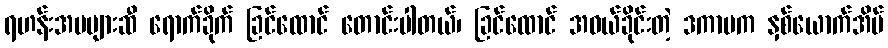
ရဟန်းအမများဆီ ရောက်ခိုက် ခြင်ထောင် တောင်းပါတယ်၊ ခြင်ထောင် အဝယ်ခိုင်းတဲ့ ဒကာမက နှစ်ယောက်အိပ်